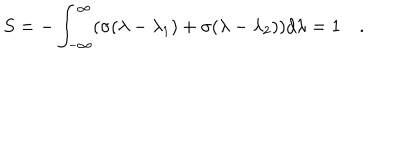
S = - \int _ { - \infty } ^ { \infty } ( \sigma ( \lambda - \lambda _ { 1 } ) + \sigma ( \lambda - \lambda _ { 2 } ) ) d \lambda = 1 \quad .